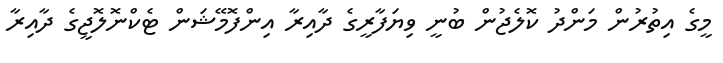
މީގެ އިތުރުން މަންދު ކޮލެޖުން ބުނީ ވިޔަފާރީގެ ދާއިރާ އިންފޮމޭޝަން ޓެކްނޮލޮޖީގެ ދާއިރާ